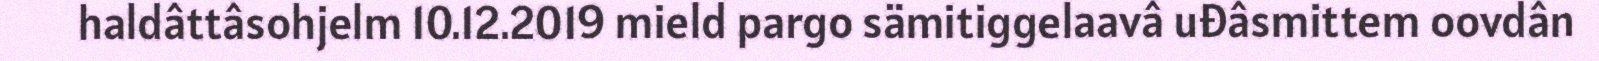
haldâttâsohjelm 10.12.2019 mield pargo sämitiggelaavâ uđâsmittem oovdân